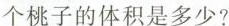
个桃子的体积是多少?